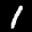
Label: 1